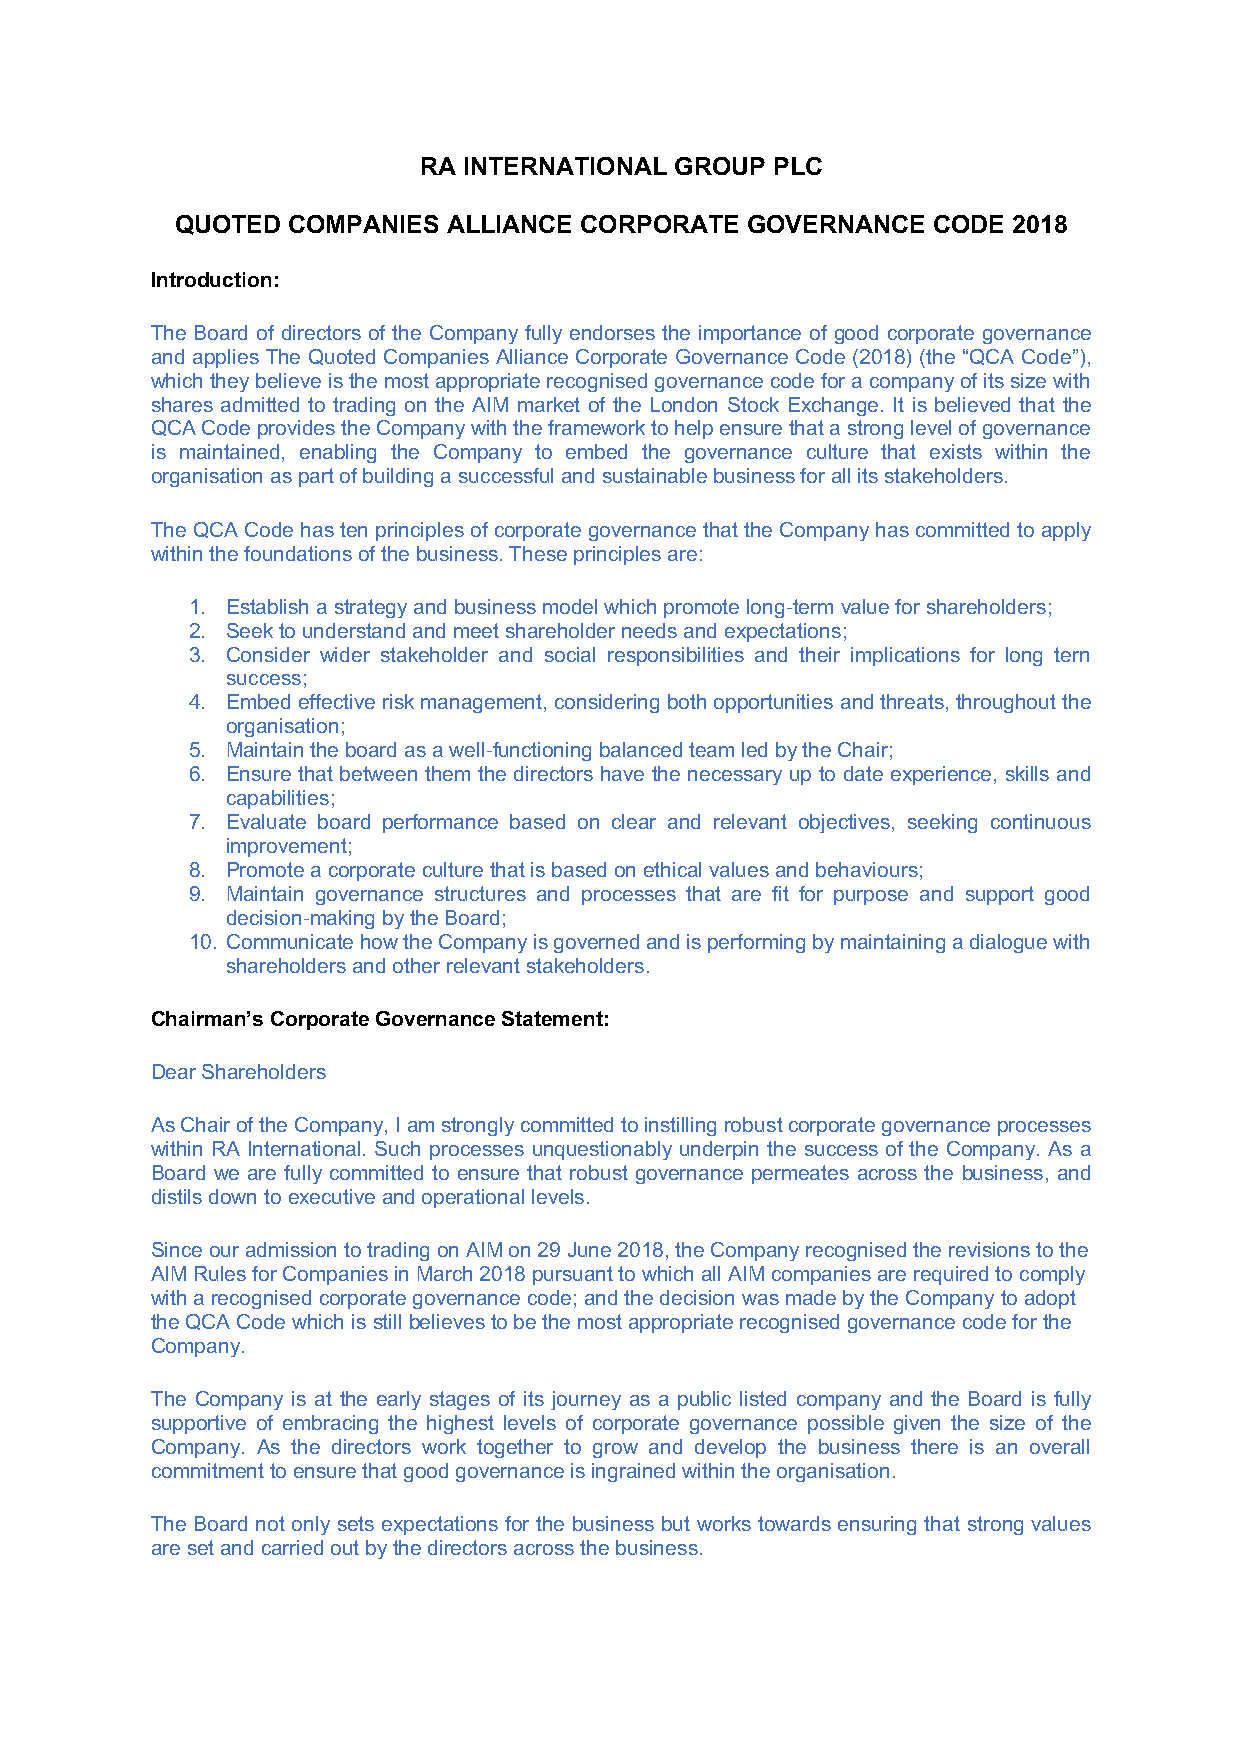
RA INTERNATIONAL GROUP PLC
 QUOTED COMPANIES  ALLIANCE CORPORATE GOVERNANCE   CODE 2018
 Introduction:
 The Board of directors of the Company fully endorses the importance of good corporate governance
 and applies The Quoted Companies Alliance Corporate Governance Code (2018) (the “QCA Code”),
 which they believe is the most appropriate recognised governance code for a company of its size with
 shares admitted to trading on the AIM market of the London Stock Exchange. It is believed that the
 QCA Code provides the Company with the framework to help ensure that a strong level of governance
 is maintained, enabling the Company to embed the governance culture that exists within the
 organisation as part of building a successful and sustainable business for all its stakeholders.
 The QCA Code has ten principles of corporate governance that the Company has committed to apply
 within the foundations of the business. These principles are:
 1. Establish a strategy and business model which promote long-term value for shareholders;
 2. Seek to understand and meet shareholder needs and expectations;
 3. Consider wider stakeholder and social responsibilities and their implications for long tern
 success;
 4. Embed effective risk management, considering both opportunities and threats, throughout the
 organisation;
 5. Maintain the board as a well-functioning balanced team led by the Chair;
 6. Ensure that between them the directors have the necessary up to date experience, skills and
 capabilities;
 7. Evaluate board performance based on clear and relevant objectives, seeking continuous
 improvement;
 8. Promote a corporate culture that is based on ethical values and behaviours;
 9. Maintain governance structures and processes that are fit for purpose and support good
 decision-making by the Board;
 10. Communicate how the Company is governed and is performing by maintaining a dialogue with
 shareholders and other relevant stakeholders.
 Chairman’s Corporate Governance Statement:
 Dear Shareholders
 As Chair of the Company, I am strongly committed to instilling robust corporate governance processes
 within RA International. Such processes unquestionably underpin the success of the Company. As a
 Board we are fully committed to ensure that robust governance permeates across the business, and
 distils down to executive and operational levels.
 Since our admission to trading on AIM on 29 June 2018, the Company recognised the revisions to the
 AIM Rules for Companies in March 2018 pursuant to which all AIM companies are required to comply
 with a recognised corporate governance code; and the decision was made by the Company to adopt
 the QCA Code which is still believes to be the most appropriate recognised governance code for the
 Company.
 The Company is at the early stages of its journey as a public listed company and the Board is fully
 supportive of embracing the highest levels of corporate governance possible given the size of the
 Company. As the directors work together to grow and develop the business there is an overall
 commitment to ensure that good governance is ingrained within the organisation.
 The Board not only sets expectations for the business but works towards ensuring that strong values
 are set and carried out by the directors across the business.